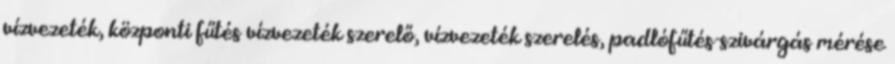
vízvezeték, központi fűtés vízvezeték szerelő, vízvezeték szerelés, padlófűtés-szivárgás mérése